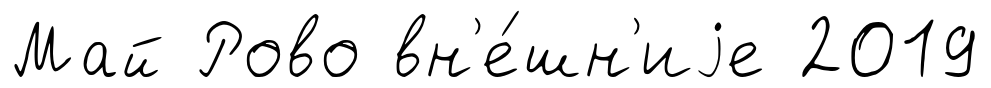
Май Рово вн'е́шн'иjе 2019